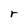
Character: r